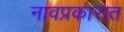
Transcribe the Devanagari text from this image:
नावप्रकारात